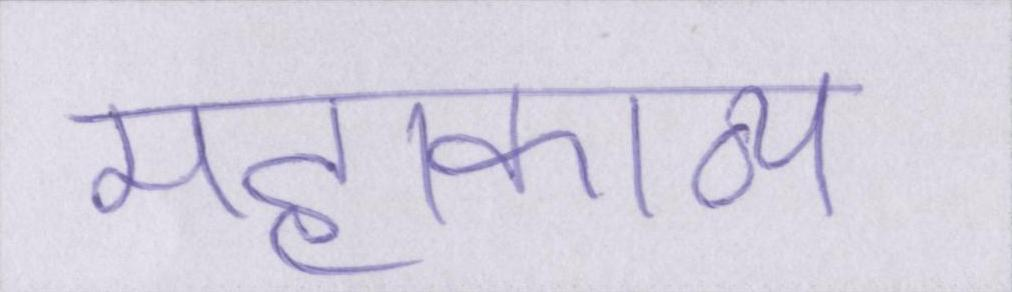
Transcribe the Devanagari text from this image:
महाकाव्य